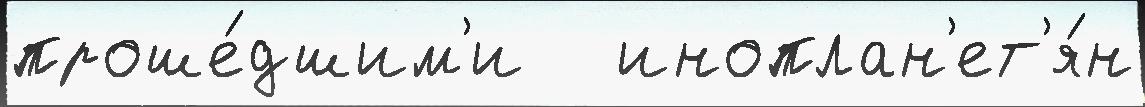
проше́дшим'и   иноплан'ет'я́н